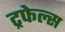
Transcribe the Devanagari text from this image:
ट्रफेल्स